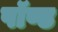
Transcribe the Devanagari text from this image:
पॉण्ड